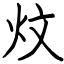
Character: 炆